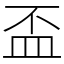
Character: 盃